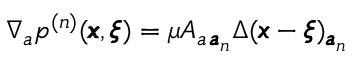
\nabla _ { a } p ^ { ( n ) } ( { \pmb x } , { \pmb \xi } ) = \mu A _ { a \, { \pmb a } _ { n } } \Delta ( { \pmb x } - { \pmb \xi } ) _ { { \pmb a } _ { n } }